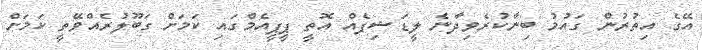
އޭގެ އިތުރުން ގައުމު ބިނާކުރެވިދާނެ ލީޑަޝިޕެއް އޮތީ ޕީޕީއެމްގައި ކަމަށް ގަބޫލުރެއްވޭތީ ކަމަށް